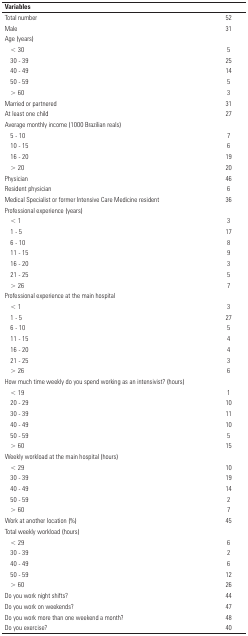
<table><thead><tr><td><b>Variables</b></td><td></td></tr></thead><tbody><tr><td>Total number</td><td>52</td></tr><tr><td>Male</td><td>31</td></tr><tr><td>Age (years)</td><td> </td></tr><tr><td>&lt; 30</td><td>5</td></tr><tr><td>30 - 39</td><td>25</td></tr><tr><td>40 - 49</td><td>14</td></tr><tr><td>50 - 59</td><td>5</td></tr><tr><td>&gt; 60</td><td>3</td></tr><tr><td>Married or partnered</td><td>31</td></tr><tr><td>At least one child</td><td>27</td></tr><tr><td>Average monthly income (1000 Brazilian reals)</td><td> </td></tr><tr><td>5 - 10</td><td>7</td></tr><tr><td>10 - 15</td><td>6</td></tr><tr><td>16 - 20</td><td>19</td></tr><tr><td>&gt; 20</td><td>20</td></tr><tr><td>Physician</td><td>46</td></tr><tr><td>Resident physician</td><td>6</td></tr><tr><td>Medical Specialist or former Intensive Care Medicineresident</td><td>36</td></tr><tr><td>Professional experience (years)</td><td> </td></tr><tr><td>&lt; 1</td><td>3</td></tr><tr><td>1 - 5</td><td>17</td></tr><tr><td>6 - 10</td><td>8</td></tr><tr><td>11 - 15</td><td>9</td></tr><tr><td>16 - 20</td><td>3</td></tr><tr><td>21 - 25</td><td>5</td></tr><tr><td>&gt; 26</td><td>7</td></tr><tr><td>Professional experience at the main hospital</td><td> </td></tr><tr><td>&lt; 1</td><td>3</td></tr><tr><td>1 - 5</td><td>27</td></tr><tr><td>6 - 10</td><td>5</td></tr><tr><td>11 - 15</td><td>4</td></tr><tr><td>16 - 20</td><td>4</td></tr><tr><td>21 - 25</td><td>3</td></tr><tr><td>&gt; 26</td><td>6</td></tr><tr><td>How much time weekly do you spend working as anintensivist? (hours)</td><td> </td></tr><tr><td>&lt; 19</td><td>1</td></tr><tr><td>20 - 29</td><td>10</td></tr><tr><td>30 - 39</td><td>11</td></tr><tr><td>40 - 49</td><td>10</td></tr><tr><td>50 - 59</td><td>5</td></tr><tr><td>&gt; 60</td><td>15</td></tr><tr><td>Weekly workload at the main hospital (hours)</td><td> </td></tr><tr><td>&lt; 29</td><td>10</td></tr><tr><td>30 - 39</td><td>19</td></tr><tr><td>40 - 49</td><td>14</td></tr><tr><td>50 - 59</td><td>2</td></tr><tr><td>&gt; 60</td><td>7</td></tr><tr><td>Work at another location (%)</td><td>45</td></tr><tr><td>Total weekly workload (hours)</td><td> </td></tr><tr><td>&lt; 29</td><td>6</td></tr><tr><td>30 - 39</td><td>2</td></tr><tr><td>40 - 49</td><td>6</td></tr><tr><td>50 - 59</td><td>12</td></tr><tr><td>&gt; 60</td><td>26</td></tr><tr><td>Do you work night shifts?</td><td>44</td></tr><tr><td>Do you work on weekends?</td><td>47</td></tr><tr><td>Do you work more than one weekend a month?</td><td>48</td></tr><tr><td>Do you exercise?</td><td>40</td></tr></tbody></table>